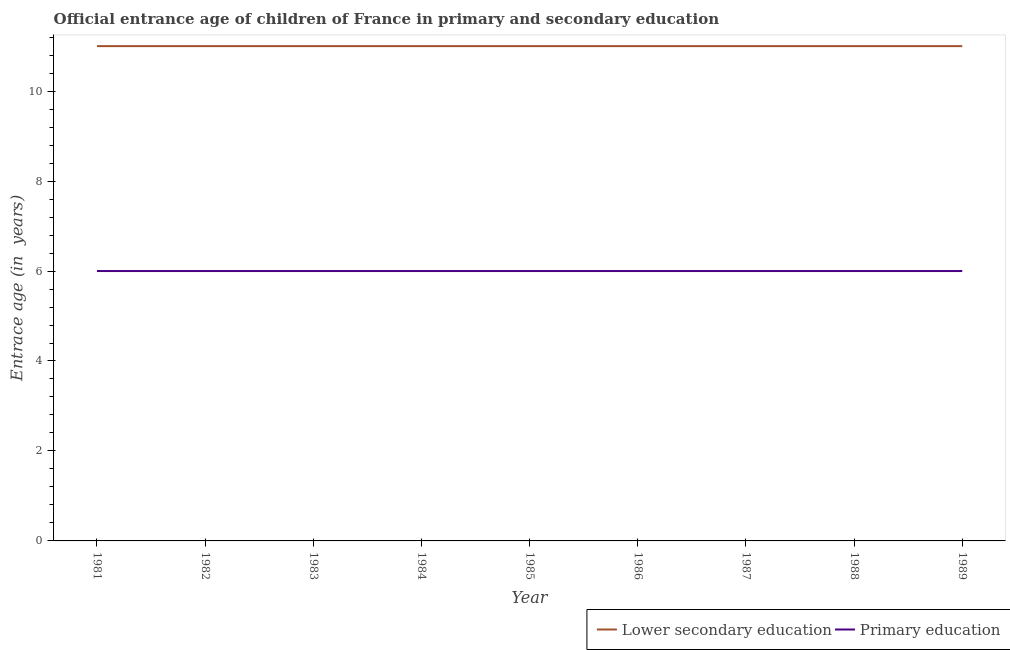
| Year | Lower secondary education | Primary education |
 | --- | --- | --- |
 | 1981 | 11 | 6 |
 | 1982 | 11 | 6 |
 | 1983 | 11 | 6 |
 | 1984 | 11 | 6 |
 | 1985 | 11 | 6 |
 | 1986 | 11 | 6 |
 | 1987 | 11 | 6 |
 | 1988 | 11 | 6 |
 | 1989 | 11 | 6 |